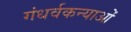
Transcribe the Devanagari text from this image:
गंधर्वकन्याओं